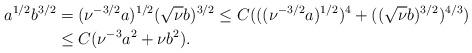
LaTeX: \begin{align*} a^{1/2}b^{3/2} &=(\nu^{-3/2}a)^{1/2}(\sqrt{\nu} b)^{3/2}\leq C (((\nu^{-3/2} a)^{1/2})^4+((\sqrt{\nu} b)^{3/2})^{4/3}) \\ &\leq C (\nu^{-3} a^2+ \nu b^2).\end{align*}